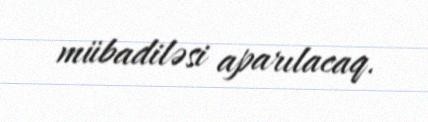
mübadiləsi aparılacaq.